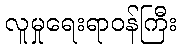
လူမှုရေးရာဝန်ကြီး